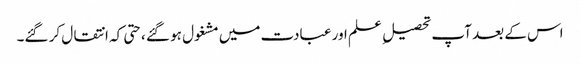
اس کے بعد آپ تحصیل ِ علم اور عبادت میں مشغول ہو گئے ،حتی کہ انتقال کر گئے۔